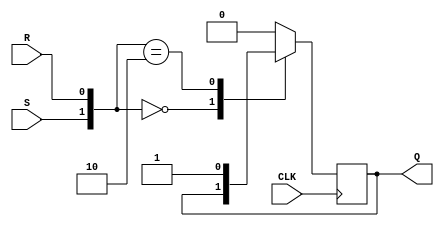
//asignacion de entradas y salidas
module FlipFlop(
input S,R,CLK,
output  reg Q
);
 always @(posedge CLK)
 begin
	case({S,R})
	2'b00:Q=Q;
	2'b01:Q=0;
	2'b10:Q=1;
  default: Q=0;
 endcase 
end 
 endmodule